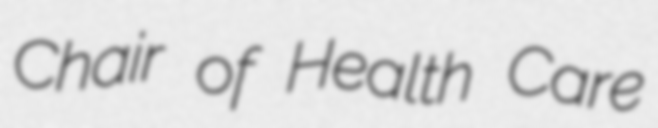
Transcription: Chair of Health Care